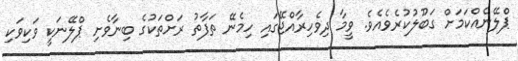
ޕްލޭނެއްކަމަށް ގަބޫލުކުރެވެއެވެ. ވީމާ ދިވެހިރާއްޖޭގައި ހިމެނޭ ތަފާތު ރަށްތަކުގެ ބިނާވެށި ޕްލޭނަކީ ވަކިވަކި